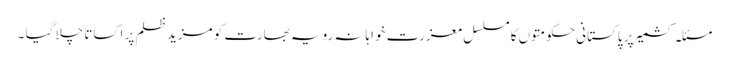
مسئلہِ کشمیر پر پاکستانی حکومتوں کا مسلسل معزرت خواہانہ رویہ بھارت کو مزید ظلم پر اکساتا چلا گیا ۔